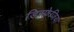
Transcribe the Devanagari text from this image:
डिस्फ़ेजिया